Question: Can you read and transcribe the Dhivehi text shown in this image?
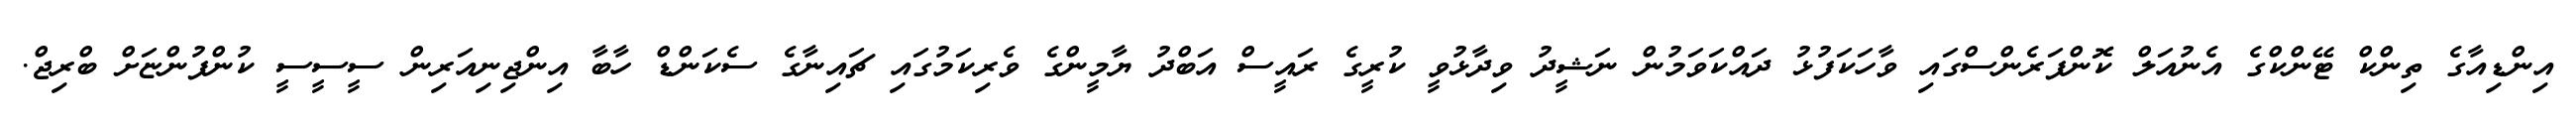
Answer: އިންޑިއާގެ ތިންކް ޓޭންކްގެ އެނުއަލް ކޮންފަރެންސްގައި ވާހަކަފުޅު ދައްކަވަމުން ނަޝީދު ވިދާޅުވީ ކުރީގެ ރައީސް އަބްދު ޔާމީންގެ ވެރިކަމުގައި ޗައިނާގެ ސެކަންޑް ހާބާ އިންޖިނިއަރިން ސީސީސީ ކުންފުންޏަށް ބްރިޖް.